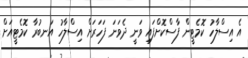
އެ އިސްލާހު ކޮމެޓީން ފާސްކޮށްފައި ވަނީ ދެވަނަ ފަހަރަށް އިސްލާހު އަނބުރާ ކޮމެޓީއަށް